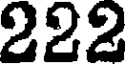
222